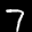
Label: 7